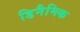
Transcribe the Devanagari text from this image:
डिनैमिक